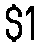
$1